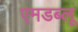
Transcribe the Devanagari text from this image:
एमडब्लू